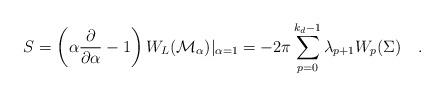
LaTeX: \begin{align*}S=\left(\alpha {\partial \over \partial \alpha} -1\right)W_L({\cal M}_{\alpha})|_{\alpha=1}=- 2\pi\sum_{p=0}^{k_d-1} \lambda _{p+1} W_{p}(\Sigma)~~~.\end{align*}